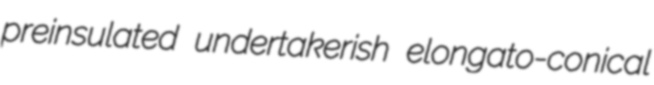
preinsulated undertakerish elongato-conical